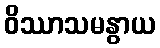
ဝိဿာသမနွာယ